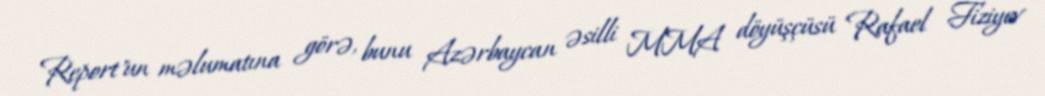
Report"un məlumatına görə, bunu Azərbaycan əsilli MMA döyüşçüsü Rafael Fiziyev